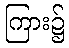
ကြား၌